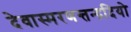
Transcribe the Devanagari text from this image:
देवास्मरणन्तन्द्रदियो